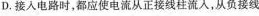
D.接入电路时，都应使电流从正接线柱流入，从负接线